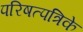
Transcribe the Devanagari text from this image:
परिषत्पत्रिके